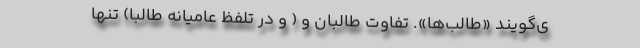
ی‌گویند «طالب‌ها». تفاوت طالبان و ( و در تلفظ عامیانه طالبا) تنها